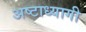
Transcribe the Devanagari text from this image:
अष्टाध्यागी